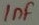
Text: 1nF